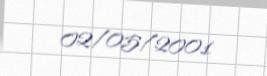
02/05/2001